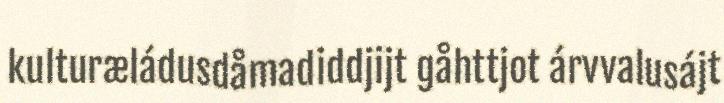
kulturæládusdåmadiddjijt gåhttjot árvvalusájt